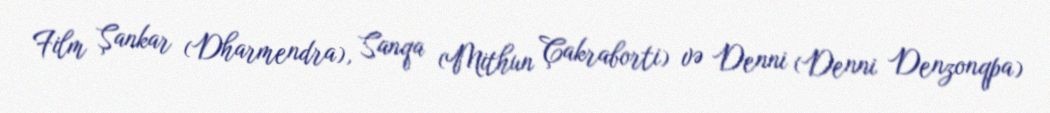
Film Şankar (Dharmendra), Sanqa (Mithun Çakraborti) və Denni (Denni Denzonqpa)